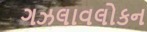
ગઝલાવલોકન